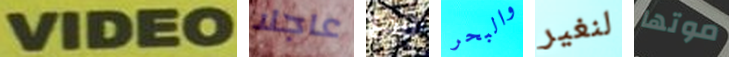
VIDEO عاجلا لندع والبحر لنغير موتها